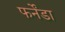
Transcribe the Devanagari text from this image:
फर्नेंडा